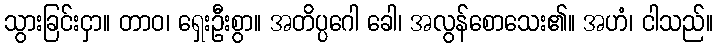
သွားခြင်းငှာ။ တာဝ၊ ရှေးဦးစွာ။ အတိပ္ပဂေါ ခေါ၊ အလွန်စောသေး၏။ အဟံ၊ ငါသည်။